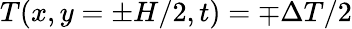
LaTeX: T(x,y=\pm H/2,t)=\mp\Delta T/2